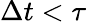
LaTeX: \Delta t<\tau